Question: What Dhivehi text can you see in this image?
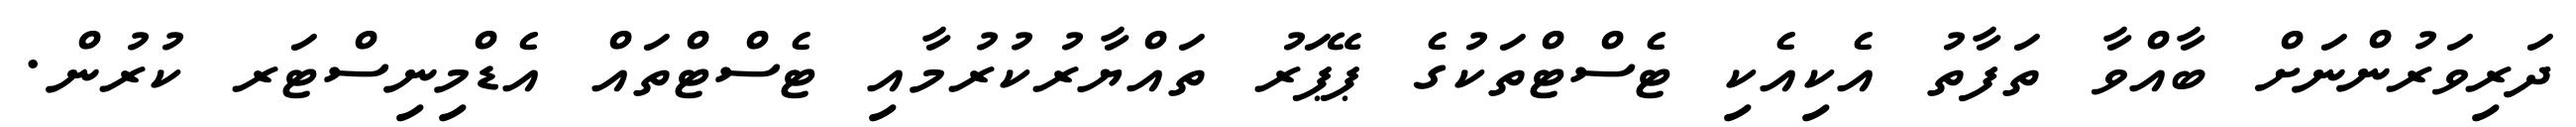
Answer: ދަރިވަރުންނަށް ބާއްވާ ތަފާތު އެކިއެކި ޓެސްޓްތަކުގެ ޕޭޕަރު ތައްޔާރުކުރުމާއި ޓެސްޓްތައް އެޑްމިނިސްޓަރ ކުރުން.